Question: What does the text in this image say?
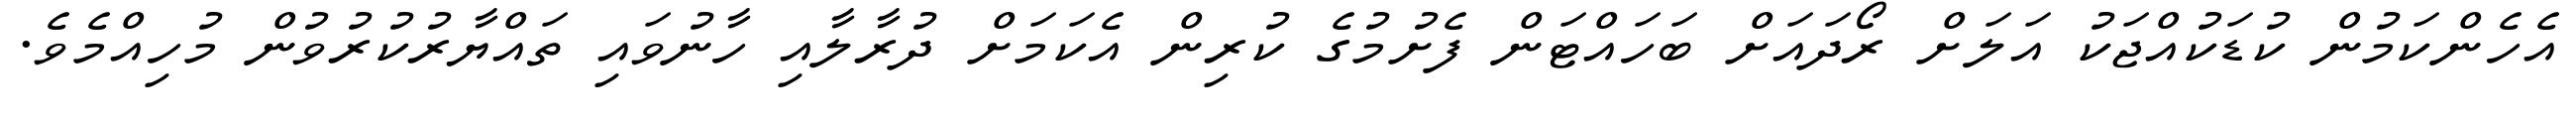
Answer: އެހެންކަމުން ކުޑަކުއްޖަކު އަލަށް ރޯދައަށް ބަހައްޓަން ފެށުމުގެ ކުރިން އެކަމަށް ދުރާލާއި ހާނުވައި ތައްޔާރުކުރުވުން މުހިއްމެވެ.